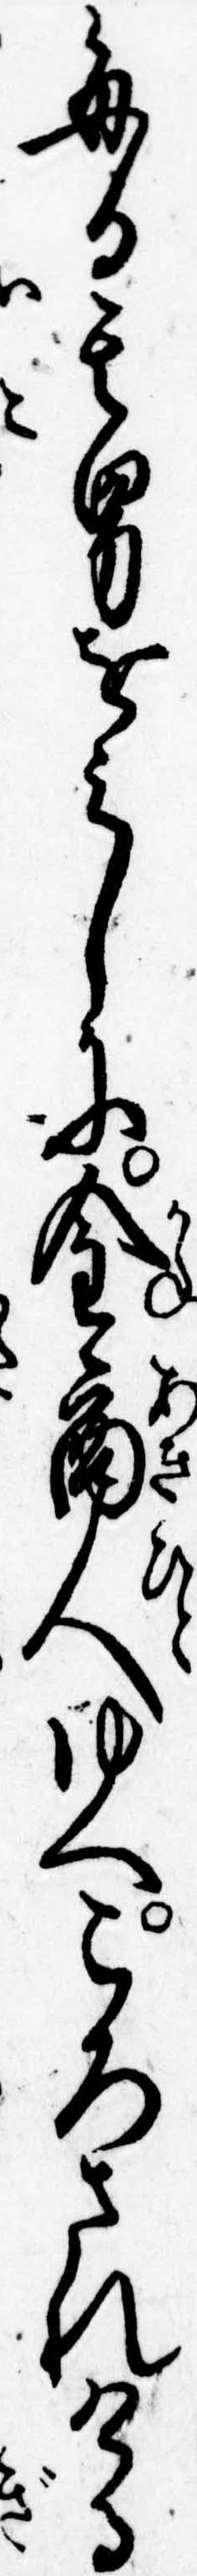
毎日其男をみしに金商人ゆへころされける